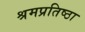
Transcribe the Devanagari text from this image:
श्रमप्रतिष्ठा